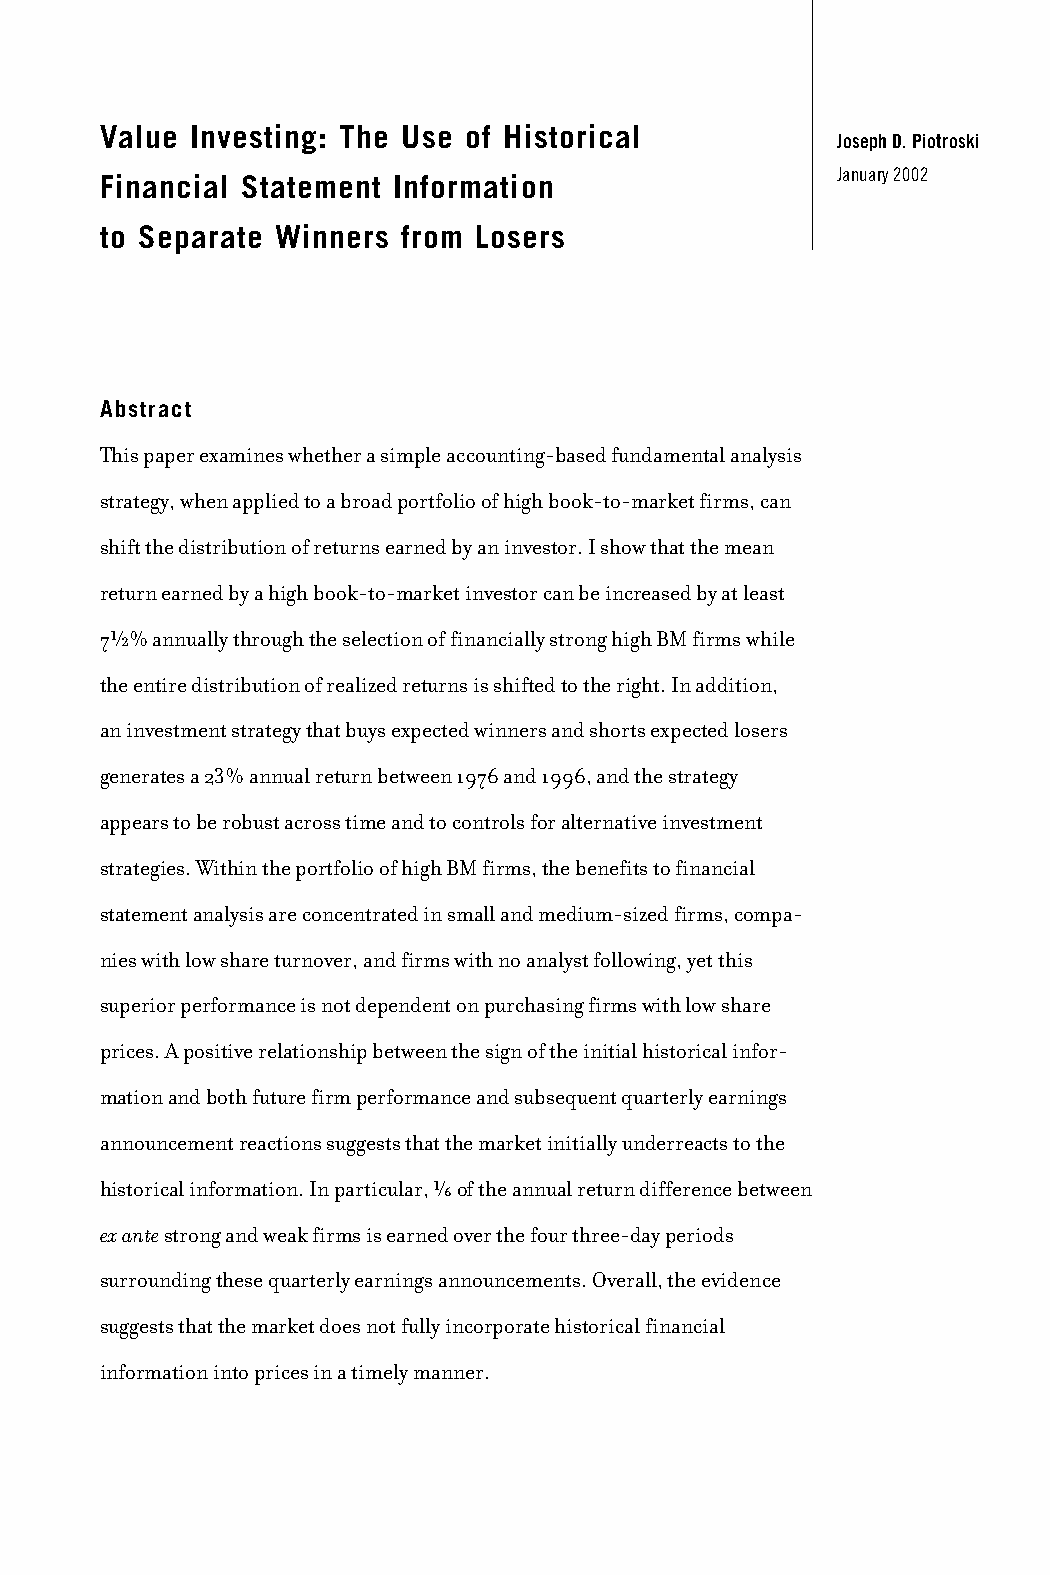
Value Investing: The Use of Historical
 Joseph D. Piotroski
 January 2002
 Financial Statement Information
 to Separate Winners from Losers
 Abstract
 This paper examines whether a simple accounting-based fundamental analysis
 strategy, when applied to a broad portfolio of high book-to-market firms, can
 shift the distribution of returns earned by an investor. I show that the mean
 return earned by a high book-to-market investor can be increased by at least
 H
 7 % annually through the selection of financially strong high BM firms while
 the entire distribution of realized returns is shifted to the right. In addition,
 an investment strategy that buys expected winners and shorts expected losers
 generates a 23% annual return between 1976 and 1996, and the strategy
 appears to be robust across time and to controls for alternative investment
 strategies. Within the portfolio of high BM firms, the benefits to financial
 statement analysis are concentrated in small and medium-sized firms, compa-
 nies with low share turnover, and firms with no analyst following, yet this
 superior performance is not dependent on purchasing firms with low share
 prices. A positive relationship between the sign of the initial historical infor-
 mation and both future firm performance and subsequent quarterly earnings
 announcement reactions suggests that the market initially underreacts to the
 ⁄/^
 historical information. In particular, of the annual return difference between
 ex antestrong and weak firms is earned over the four three-day periods
 surrounding these quarterly earnings announcements. Overall, the evidence
 suggests that the market does not fully incorporate historical financial
 information into prices in a timely manner.